Civil Veterinary Department. United Provinces 1923-31 - 1923-1931
Year: 1923
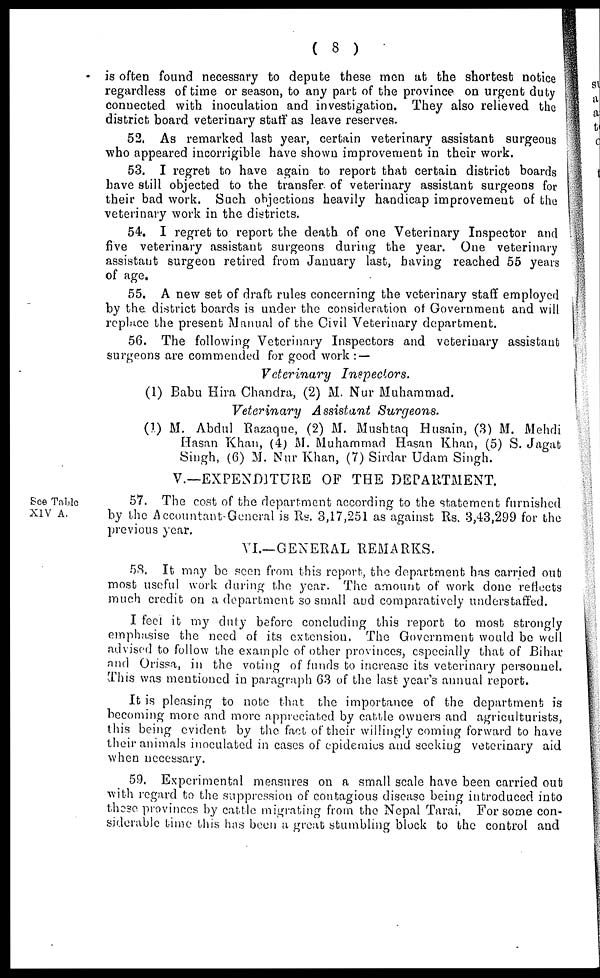
( 8 )
is often found necessary to depute these men at the shortest notice
regardless of time or season, to any part of the province on urgent duty
connected with inoculation and investigation. They also relieved the
district board veterinary staff as leave reserves.
52. As remarked last year, certain veterinary assistant surgeons
who appeared incorrigible have shown improvement in their work.
53. I regret to have again to report that certain district boards
have still objected to the transfer of veterinary assistant surgeons for
their bad work. Such objections heavily handicap improvement of the
veterinary work in the districts.
54. I regret to report the death of one Veterinary Inspector and
five veterinary assistant surgeons during the year. One veterinary
assistant surgeon retired from January last, having reached 55 years
of age.
55. A new set of draft rules concerning the veterinary staff employed
by the. district boards is under the consideration of Government and will
replace the present Manual of the Civil Veterinary department.
56. The following Veterinary Inspectors and veterinary assistant
surgeons are commended for good work :—
Veterinary
Inspectors.
(1) Babu Hira Chandra, (2) M. Nur Muhammad.
Veterinary Assistant
Surgeons.
(1) M. Abdul Razaque, (2) M. Mushtaq Husain, (3) M. Mehdi
Hasan Khan, (4) M. Muhammad Hasan Khan, (5) S. Jagat
Singh, (6) M. Nur Khan, (7) Sirdar Udam Singh.
V.—EXPENDITURE OF THE DEPARTMENT.
See Table
XIV A.
57. The cost of the department according to the statement furnished
by the Accountant-General is Rs. 3,17,251 as against Rs. 3,43,299 for the
previous year.
VI.—GENERAL REMARKS.
58. It may be seen from this report, the department has carried out
most useful work during the year. The amount of work done reflects
much credit on a department so small and comparatively understaffed.
I feel it my duly before concluding this report to most strongly
emphasise the need of its extension. The Government would bo well
advised to follow the example of other provinces, especially that of Bihar
and Orissa, in the voting of funds to increase its veterinary personnel.
This was mentioned in paragraph 63 of the last year's annual report.
It is pleasing to note that the importance of the department is
becoming more and more appreciated by cattle owners and agriculturists,
this being evident by the fact of their willingly coming forward to have
their animals inoculated in cases of epidemies and seeking veterinary aid
when necessary.
59. Experimental measures on a small scale have been carried out
with regard to the suppression of contagious disease being introduced into
these provinces by cattle migrating from the Nepal Tarai. For some con-
siderable time this has been a great stumbling block to the control and